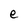
Character: e